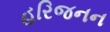
હરિજનન